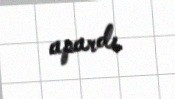
apardı.